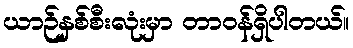
ယာဉ်နှစ်စီးလုံးမှာ တာဝန်ရှိပါတယ်။